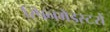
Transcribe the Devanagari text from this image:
स्पिनमेइस्टरों